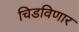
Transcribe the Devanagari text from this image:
चिडविणार